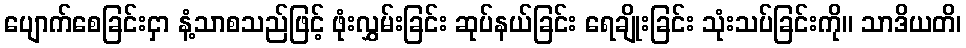
ပျောက်စေခြင်းငှာ နံ့သာစသည်ဖြင့် ဖုံးလွှမ်းခြင်း ဆုပ်နယ်ခြင်း ရေချိုးခြင်း သုံးသပ်ခြင်းကို။ သာဒိယတိ၊